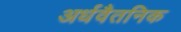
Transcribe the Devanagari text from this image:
अर्धवैतनिक